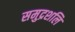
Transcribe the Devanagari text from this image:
समुद्रशलि